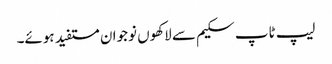
لیپ ٹاپ سکیم سے لاکھوں نوجوان مستفید ہوئے۔